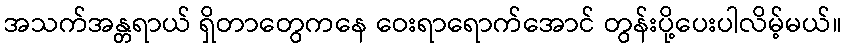
အသက်အန္တရာယ် ရှိတာတွေကနေ ဝေးရာရောက်အောင် တွန်းပို့ပေးပါလိမ့်မယ်။